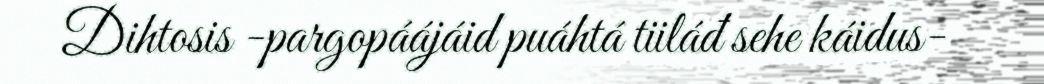
Dihtosis -pargopáájáid puáhtá tiiláđ sehe káidus-